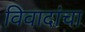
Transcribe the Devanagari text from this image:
विवादांचा